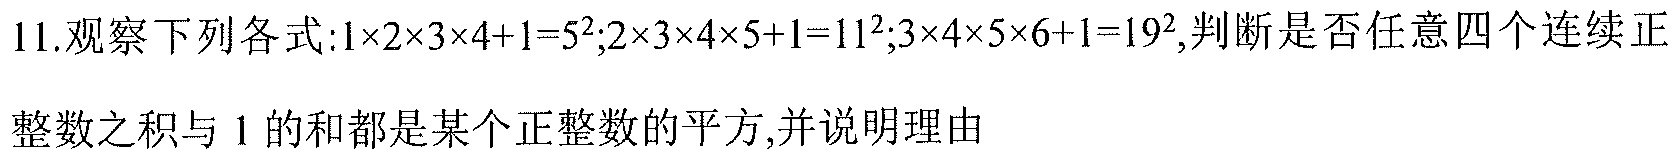
11.观察下列各式:\(1\times2\times3\times4 + 1=5^{2}\);\(2\times3\times4\times5 + 1=11^{2}\);\(3\times4\times5\times6 + 1=19^{2}\),判断是否任意四个连续正整数之积与\(1\)的和都是某个正整数的平方,并说明理由